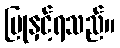
ပြုနှင့်ရသည်။